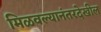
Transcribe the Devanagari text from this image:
मिळवल्यानंतरदेखील